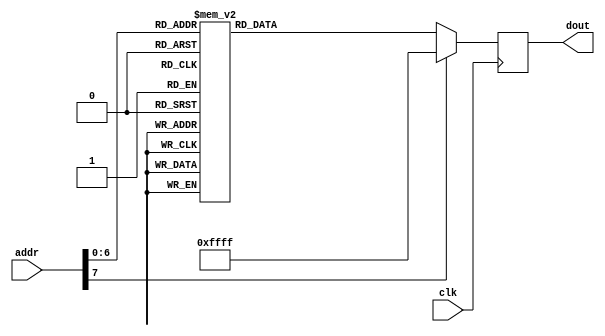
//  OV7670_config_rom.v - stores the config parameter for the camera

module OV7670_config_rom(
    input wire clk,
    input wire [7:0] addr,
    output reg [15:0] dout
    );
    //FFFF is end of rom, FFF0 is delay
    always @(posedge clk) begin
    case(addr) 
    0:  dout <= 16'h12_80; //reset
    1:  dout <= 16'hFF_F0; //delay
    2:  dout <= 16'h12_04; // COM7,     set RGB color output
    3:  dout <= 16'h11_80; // CLKRC     internal PLL matches input clock
    4:  dout <= 16'h0C_00; // COM3,     default settings
    5:  dout <= 16'h3E_00; // COM14,    no scaling, normal pclock
    6:  dout <= 16'h04_00; // COM1,     disable CCIR656
    7:  dout <= 16'h40_d0; //COM15,     RGB565, full output range
    8:  dout <= 16'h3a_04; //TSLB       set correct output data sequence (magic)
    9:  dout <= 16'h14_18; //COM9       MAX AGC value x4
    10: dout <= 16'h4F_B3; //MTX1       all of these are magical matrix coefficients
    11: dout <= 16'h50_B3; //MTX2
    12: dout <= 16'h51_00; //MTX3
    13: dout <= 16'h52_3d; //MTX4
    14: dout <= 16'h53_A7; //MTX5
    15: dout <= 16'h54_E4; //MTX6
    16: dout <= 16'h58_9E; //MTXS
    17: dout <= 16'h3D_C0; //COM13      sets gamma enable, does not preserve reserved bits, may be wrong?
    18: dout <= 16'h17_14; //HSTART     start high 8 bits
    19: dout <= 16'h18_02; //HSTOP      stop high 8 bits //these kill the odd colored line
    20: dout <= 16'h32_80; //HREF       edge offset
    21: dout <= 16'h19_03; //VSTART     start high 8 bits
    22: dout <= 16'h1A_7B; //VSTOP      stop high 8 bits
    23: dout <= 16'h03_0A; //VREF       vsync edge offset
    24: dout <= 16'h0F_41; //COM6       reset timings
    25: dout <= 16'h1E_00; //MVFP       disable mirror / flip //might have magic value of 03
    26: dout <= 16'h33_0B; //CHLF       //magic value from the internet
    27: dout <= 16'h3C_78; //COM12      no HREF when VSYNC low
    28: dout <= 16'h69_00; //GFIX       fix gain control
    29: dout <= 16'h74_00; //REG74      Digital gain control
    30: dout <= 16'hB0_84; //RSVD       magic value from the internet *required* for good color
    31: dout <= 16'hB1_0c; //ABLC1
    32: dout <= 16'hB2_0e; //RSVD       more magic internet values
    33: dout <= 16'hB3_80; //THL_ST
    //begin mystery scaling numbers
    34: dout <= 16'h70_3a;
    35: dout <= 16'h71_35;
    36: dout <= 16'h72_11;
    37: dout <= 16'h73_f0;
    38: dout <= 16'ha2_02;
    //gamma curve values
    39: dout <= 16'h7a_20;
    40: dout <= 16'h7b_10;
    41: dout <= 16'h7c_1e;
    42: dout <= 16'h7d_35;
    43: dout <= 16'h7e_5a;
    44: dout <= 16'h7f_69;
    45: dout <= 16'h80_76;
    46: dout <= 16'h81_80;
    47: dout <= 16'h82_88;
    48: dout <= 16'h83_8f;
    49: dout <= 16'h84_96;
    50: dout <= 16'h85_a3;
    51: dout <= 16'h86_af;
    52: dout <= 16'h87_c4;
    53: dout <= 16'h88_d7;
    //54: dout <= 16'h89_e8;
    //AGC and AEC
    54: dout <= 16'h13_e0; //COM8, disable AGC / AEC
    55: dout <= 16'h00_00; //set gain reg to 0 for AGC
    56: dout <= 16'h10_00; //set ARCJ reg to 0
    57: dout <= 16'h0d_40; //magic reserved bit for COM4
    58: dout <= 16'h14_18; //COM9, 4x gain + magic bit
    59: dout <= 16'ha5_05; // BD50MAX
    60: dout <= 16'hab_07; //DB60MAX
    61: dout <= 16'h24_95; //AGC upper limit
    62: dout <= 16'h25_33; //AGC lower limit
    63: dout <= 16'h26_e3; //AGC/AEC fast mode op region
    64: dout <= 16'h9f_78; //HAECC1
    65: dout <= 16'ha0_68; //HAECC2
    66: dout <= 16'ha1_03; //magic
    67: dout <= 16'ha6_d8; //HAECC3
    68: dout <= 16'ha7_d8; //HAECC4
    69: dout <= 16'ha8_f0; //HAECC5
    70: dout <= 16'ha9_90; //HAECC6
    71: dout <= 16'haa_94; //HAECC7
    72: dout <= 16'h13_e5; //COM8, enable AGC / AEC
    default: dout <= 16'hFF_FF;         //mark end of ROM
    endcase
    
    end
endmodule